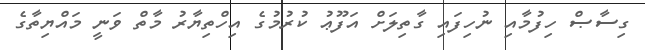
ގިސާޞް ހިފުމާއި ނުހިފައި ގާތިލަށް އަފޫޢު ކުރުމުގެ އިހްތިޔާރު މާތް ވަނީ މައްޔިތާގެ